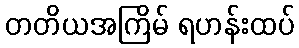
တတိယအကြိမ် ရဟန်းထပ်